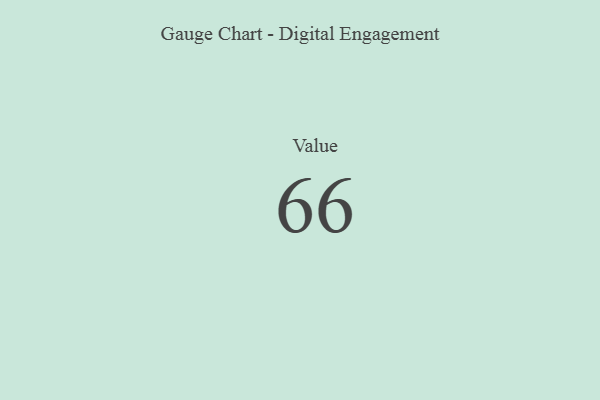
{"axis": {"x": "Metric", "y": "Value"}, "legend": [""], "data": [{"x": "Value", "y": 66, "type": ""}]}